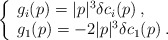
\begin{align*}\left\{ \begin{array}{l}g_{i}(p)=|p|^{3}\delta c_{i}(p)\: ,\\g_{1}(p)=-2|p|^{3}\delta c_{1}(p)\: .\end{array}\right.\end{align*}